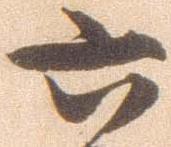
六